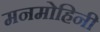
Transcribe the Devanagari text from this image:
मनमोहिनी